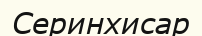
Серинхисар